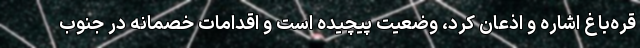
قره‌باغ اشاره و اذعان کرد، وضعیت پیچیده است و اقدامات خصمانه در جنوب